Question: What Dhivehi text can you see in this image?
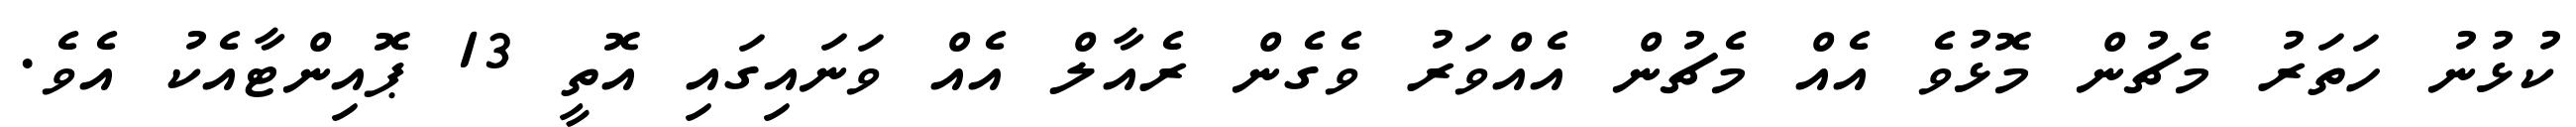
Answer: ކުޅުނު ހަތަރު މެޗުން މޮޅުވެ އެއް މެޗުން އެއްވަރު ވެގެން ރެއާލް އެއް ވަނައިގައި އޮތީ 13 ޕޮއިންޓާއެކު އެވެ.